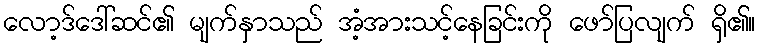
လော့ဒ်ဒေါ်ဆင်၏ မျက်နှာသည် အံ့အားသင့်နေခြင်းကို ဖော်ပြလျက် ရှိ၏။